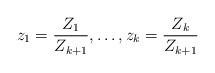
LaTeX: \begin{align*}z_1 = \frac{Z_1}{Z_{k+1}}, \ldots, z_k = \frac{Z_k}{Z_{k+1}}\end{align*}